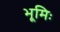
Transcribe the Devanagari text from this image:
भूमिः